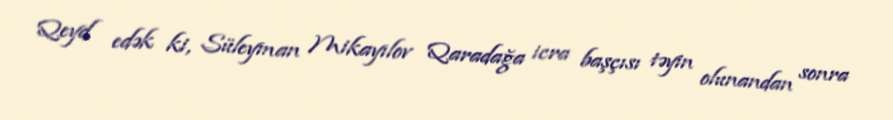
Qeyd edək ki, Süleyman Mikayılov Qaradağa icra başçısı təyin olunandan sonra